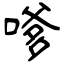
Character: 嗲